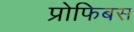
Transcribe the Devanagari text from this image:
प्रोफिबस